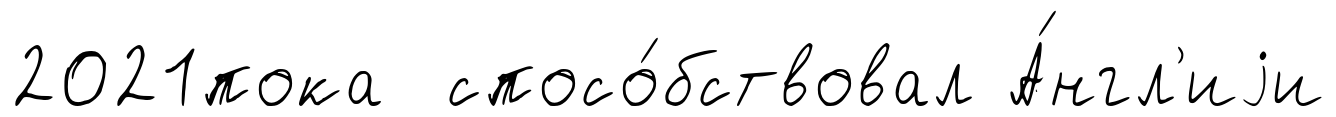
2021пока спосо́бствовал А́нгл'иjи